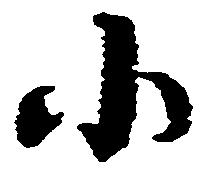
小